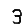
Digit: 3